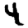
Digit: 4